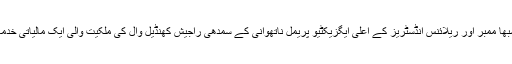
ٹیمپل انٹرپرائز کے ریونیو میں یہ حیران کن اضافہ ایک ایسے وقت میں ہوا جب کمپنی کو راجیہ سبھا ممبر اور ریلائنس انڈسٹریز کے اعلیٰ ایگزیکٹیو پریمل ناتھوانی کے سمدھی راجیش کھنڈیل وال کی ملکیت والی ایک مالیاتی خدمات کمپنی (فائنانشیل سروسیز کمپنی) سے 15.78 کروڑ روپے کاUnsecured Loan ملا تھا۔